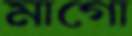
মাগো